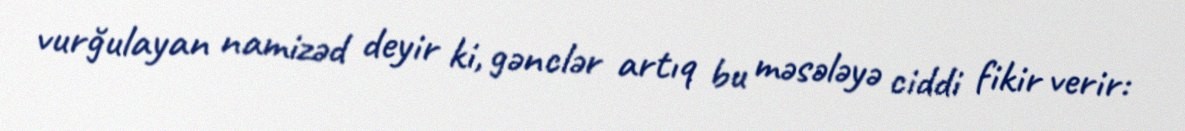
vurğulayan namizəd deyir ki, gənclər artıq bu məsələyə ciddi fikir verir: